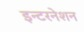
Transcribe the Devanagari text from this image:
इन्टरनेशन